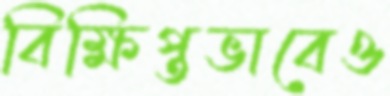
বিক্ষিপ্তভাবেও